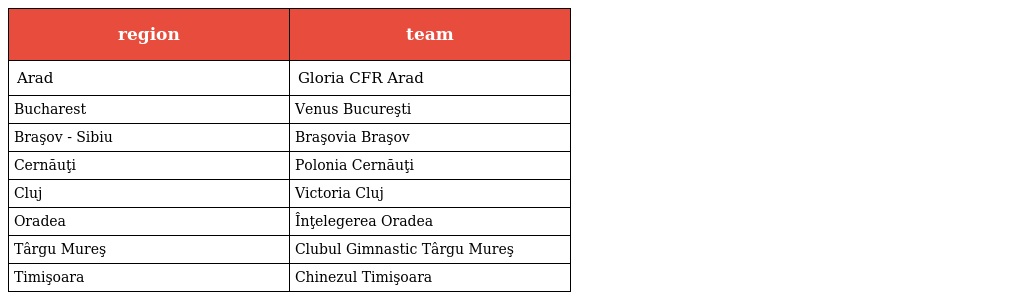
| region | team |
 | --- | --- |
 | Arad | Gloria CFR Arad |
 | Bucharest | Venus Bucureşti |
 | Braşov - Sibiu | Braşovia Braşov |
 | Cernăuţi | Polonia Cernăuţi |
 | Cluj | Victoria Cluj |
 | Oradea | Înţelegerea Oradea |
 | Târgu Mureş | Clubul Gimnastic Târgu Mureş |
 | Timişoara | Chinezul Timişoara |